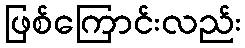
ဖြစ်ကြောင်းလည်း